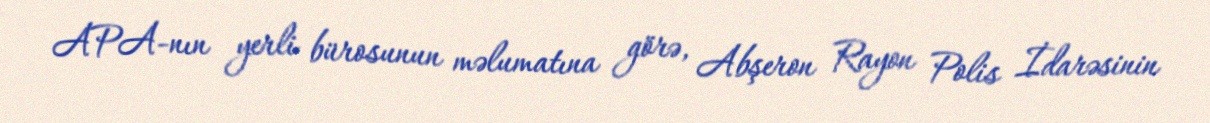
APA-nın yerli bürosunun məlumatına görə, Abşeron Rayon Polis İdarəsinin